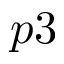
p 3